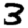
Digit: 3